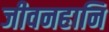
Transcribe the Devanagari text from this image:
जीवनहानि